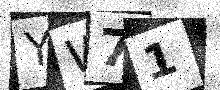
Text: YW71